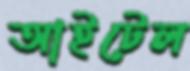
আইটেল